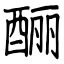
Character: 酾